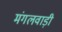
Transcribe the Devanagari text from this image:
मंगलवाड़ी